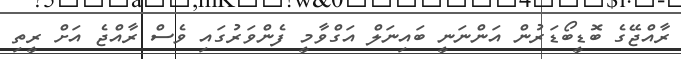
ރާއްޖޭގެ ބޮޑީބޯޑަރުން އަންނަނީ ބައިނަލް އަގްވާމީ ފެންވަރުގައި ވެސް ރާއްޖެ އަށް ރީތި